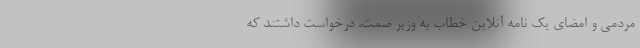
مردمی و امضای یک نامه آنلاین خطاب به وزیر صمت، درخواست داشتند که